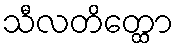
သီလတိတ္ထော